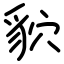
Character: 貁